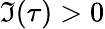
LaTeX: \Im(\tau)>0